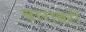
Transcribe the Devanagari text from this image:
बाराबरी